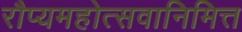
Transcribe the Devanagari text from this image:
रौप्यमहोत्सवानिमित्त